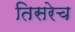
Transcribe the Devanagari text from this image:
तिसरेच